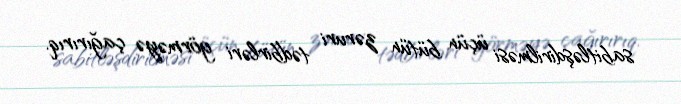
sabitləşdirilməsi üçün bütün zəruri tədbirləri görməyə çağırırıq.